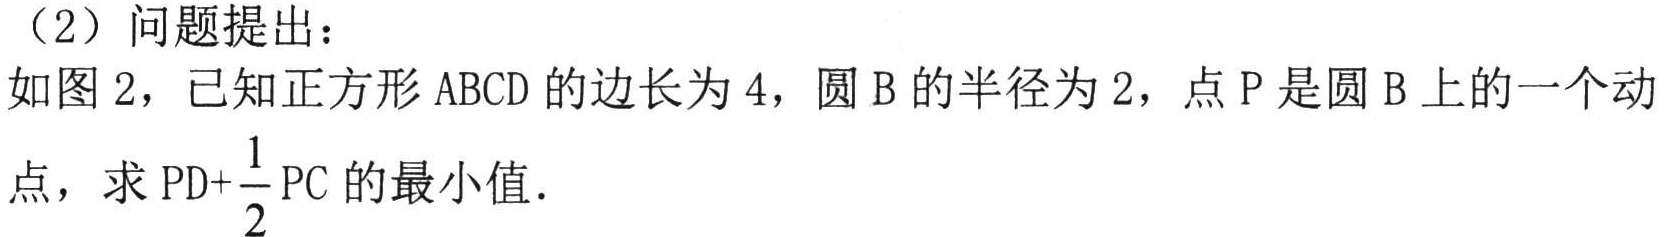
（2）问题提出：
如图2，已知正方形ABCD的边长为4，圆B的半径为2，点P是圆B上的一个动点，求$\mathrm{PD}+\frac{1}{2}\mathrm{PC}$的最小值.